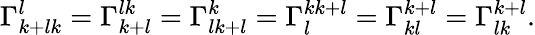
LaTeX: \Gamma_{k+lk}^{l}=\Gamma_{k+l}^{lk}=\Gamma_{lk+l}^{k}=\Gamma_{l}^{kk+l}=\Gamma_{kl}^{k+l}=\Gamma_{lk}^{k+l}.